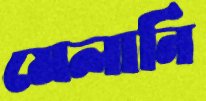
মেলানি